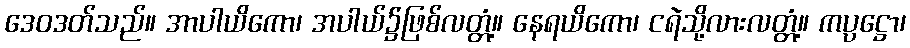
ဒေဝဒတ်သည်။ အာပါယိကော၊ အပါယ်၌ဖြစ်လတ္တံ့။ နေရယိကော၊ ငရဲသို့လားလတ္တံ့။ ကပ္ပဋ္ဌော၊